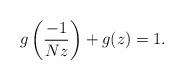
LaTeX: \begin{align*}g\left(\frac{-1}{Nz}\right)+g(z)=1.\end{align*}